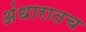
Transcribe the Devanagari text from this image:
अंधारातच